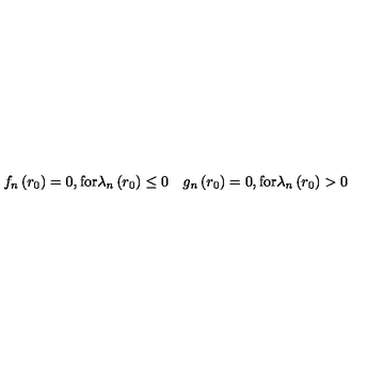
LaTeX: f _ { n } \left( r _ { 0 } \right) = 0 , \mathrm { f o r } \lambda _ { n } \left( r _ { 0 } \right) \leq 0 \quad g _ { n } \left( r _ { 0 } \right) = 0 , \mathrm { f o r } \lambda _ { n } \left( r _ { 0 } \right) > 0